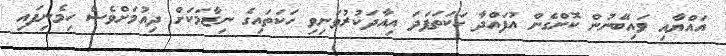
އައްޔާއި ވައިބޭނުން ކޮށްގެން އުފައްދާ ހަކަތަފަދަ އިއާދަކުރުވަނިވި ހަކަތައިގެ ނިޒާމަކަށް ދިއުމަށްވެސް ހިމެނިފައި